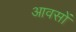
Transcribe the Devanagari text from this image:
आवसों